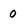
Character: 0